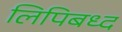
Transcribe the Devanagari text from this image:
लिपिबध्द